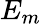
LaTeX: E_{m}